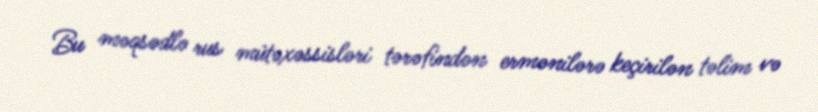
Bu məqsədlə rus mütəxəssisləri tərəfindən ermənilərə keçirilən təlim və